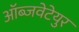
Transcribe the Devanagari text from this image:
ऑब्जवेटेयुर